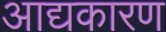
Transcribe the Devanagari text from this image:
आद्यकारण